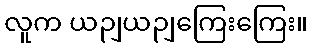
လူက ယဉျယဉျကြေးကြေး။